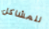
للمشاكل